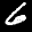
Label: 6